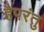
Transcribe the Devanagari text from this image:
हैपरंतु